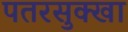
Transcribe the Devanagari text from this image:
पतरसुक्खा